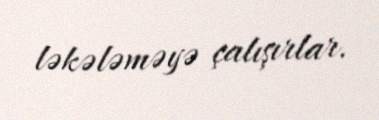
ləkələməyə çalışırlar.